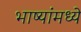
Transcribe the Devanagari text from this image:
भाष्यांमध्ये